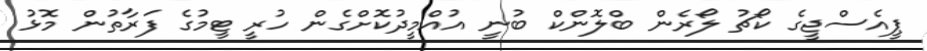
ޕީއެސްޖީގެ ކޯޗު ލޯރެން ބްލޮންކް ބުނީ އުއްމީދުކޮށްގެން ހުރީ ޓީމުގެ ފަރާތުން މޮޅު